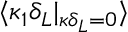
\langle \kappa _ { 1 } \delta _ { L } | _ { \kappa \delta _ { L } = 0 } \rangle